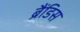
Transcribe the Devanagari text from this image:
ब्रैंडिस